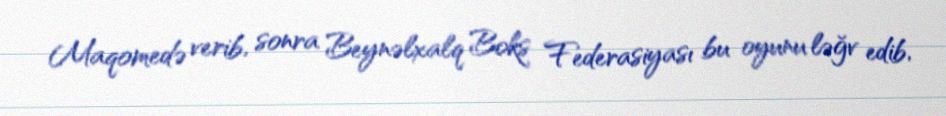
Maqomedə verib, sonra Beynəlxalq Boks Federasiyası bu oyunu ləğv edib,